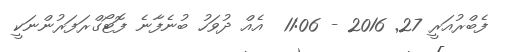
ފެބްރުއަރީ 27